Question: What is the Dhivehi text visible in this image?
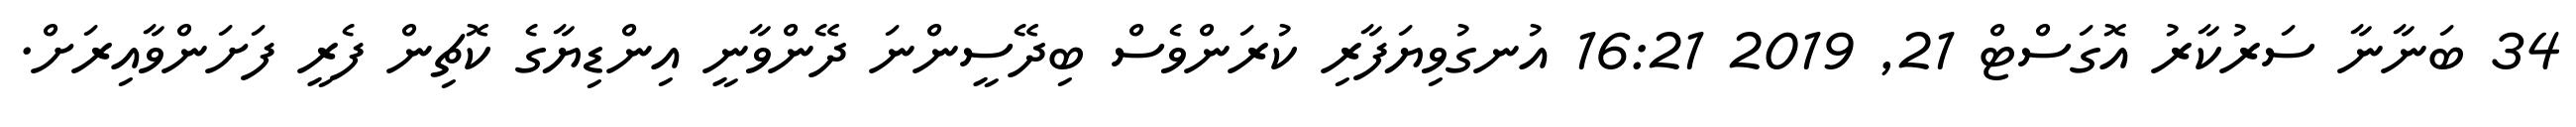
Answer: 34 ބަނާނާ ސަރުކާރު އޮގަސްޓް 21, 2019 16:21 އުނގުވިޔަފާރި ކުރަންވެސް ބިދޭސީންނަ ދޭންވާނީ އިންޑިޔާގެ ކޮޗިން ފެރީ ފަށަންވާއިރަށް.